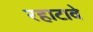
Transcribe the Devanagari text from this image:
रहाटावे